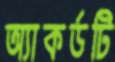
অ্যাকর্ডটি